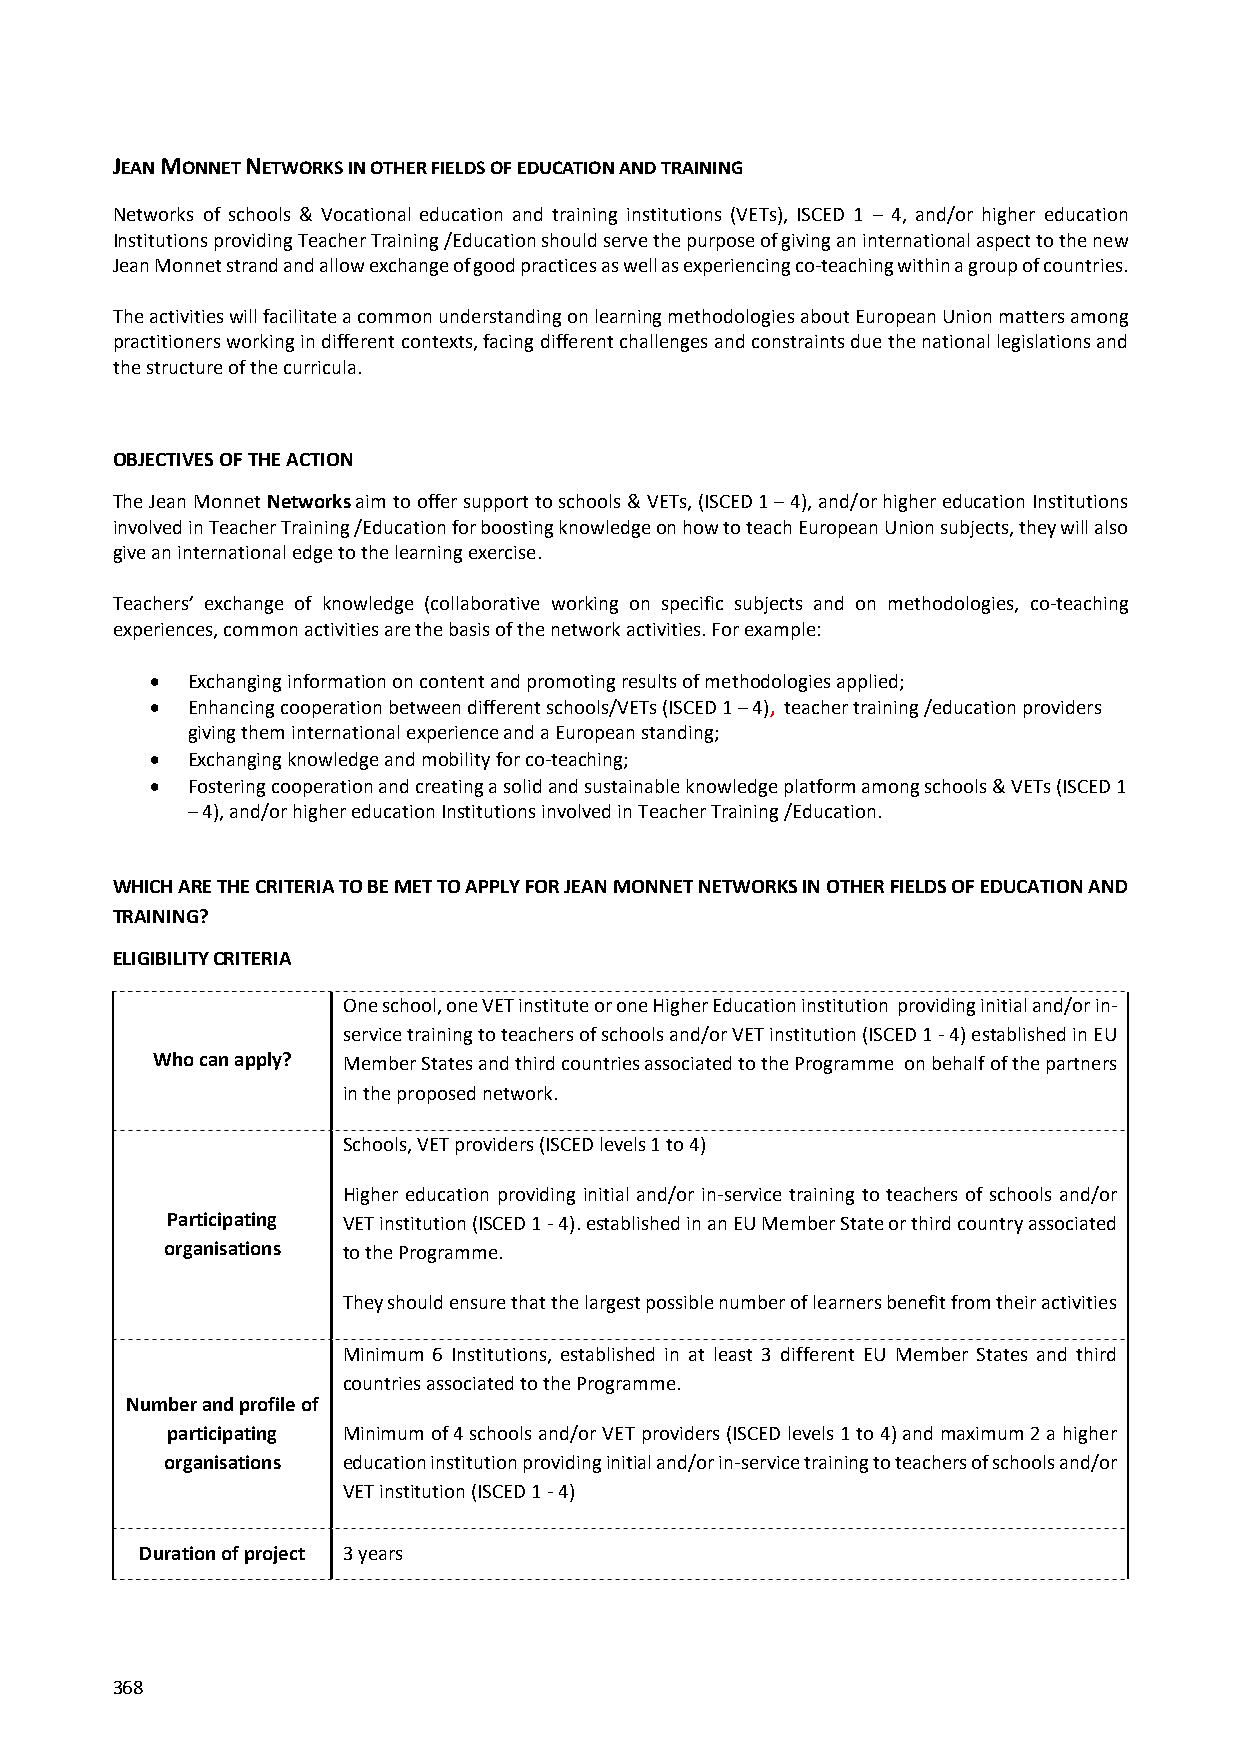
JEAN MONNET NETWORKS IN OTHER FIELDS OF EDUCATION AND TRAINING
 Networks of schools & Vocational education and training institutions (VETs), ISCED 1 – 4, and/or higher education
 Institutions providing Teacher Training /Education should serve the purpose of giving an international aspect to the new
 Jean Monnet strand and allow exchange of good practices as well as experiencing co‐teaching within a group of countries.
 The activities will facilitate a common understanding on learning methodologies about European Union matters among
 practitioners working in different contexts, facing different challenges and constraints due the national legislations and
 the structure of the curricula.
 OBJECTIVES OF THE ACTION
 The Jean Monnet Networks aim to offer support to schools & VETs, (ISCED 1 – 4), and/or higher education Institutions
 involved in Teacher Training /Education for boosting knowledge on how to teach European Union subjects, they will also
 give an international edge to the learning exercise.
 Teachers’ exchange of knowledge (collaborative working on specific subjects and on methodologies, co‐teaching
 experiences, common activities are the basis of the network activities. For example:
  Exchanging information on content and promoting results of methodologies applied;
  Enhancing cooperation between different schools/VETs (ISCED 1 – 4), teacher training /education providers
 giving them international experience and a European standing;
  Exchanging knowledge and mobility for co‐teaching;
  Fostering cooperation and creating a solid and sustainable knowledge platform among schools & VETs (ISCED 1
 – 4), and/or higher education Institutions involved in Teacher Training /Education.
 WHICH ARE THE CRITERIA TO BE MET TO APPLY FOR JEAN MONNET NETWORKS IN OTHER FIELDS OF EDUCATION AND
 TRAINING?
 ELIGIBILITY CRITERIA
 One school, one VET institute or one Higher Education institution providing initial and/or in‐
 service training to teachers of schools and/or VET institution (ISCED 1 ‐ 4) established in EU
 Who can apply? Member States and third countries associated to the Programme on behalf of the partners
 in the proposed network.
 Schools, VET providers (ISCED levels 1 to 4)
 Higher education providing initial and/or in‐service training to teachers of schools and/or
 Participating VET institution (ISCED 1 ‐ 4). established in an EU Member State or third country associated
 organisations to the Programme.
 They should ensure that the largest possible number of learners benefit from their activities
 Minimum 6 Institutions, established in at least 3 different EU Member States and third
 countries associated to the Programme.
 Number and profile of
 participating Minimum of 4 schools and/or VET providers (ISCED levels 1 to 4) and maximum 2 a higher
 organisations education institution providing initial and/or in‐service training to teachers of schools and/or
 VET institution (ISCED 1 ‐ 4)
 Duration of project 3 years
 368